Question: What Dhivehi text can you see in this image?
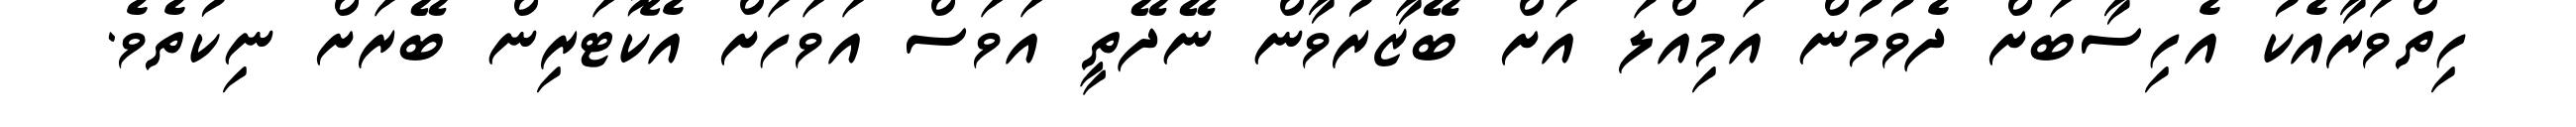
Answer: ހިތްވަރާއެކު އެހިސާބަށް ދެވުމުން އަމިއްލަ އަށް ބޭޒާރުވާން ނޭދޭތީ އަވަސް އަވަހަށް އެކޮޓަރިން ބޭރަށް ނިކުތެވެ.